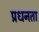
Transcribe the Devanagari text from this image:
प्रधनता